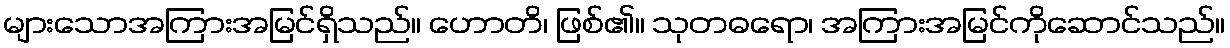
များသောအကြားအမြင်ရှိသည်။ ဟောတိ၊ ဖြစ်၏။ သုတဓရော၊ အကြားအမြင်ကိုဆောင်သည်။